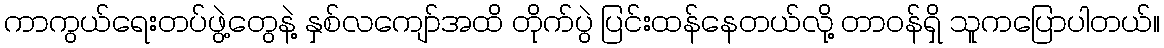
ကာကွယ်ရေးတပ်ဖွဲ့တွေနဲ့ နှစ်လကျော်အထိ တိုက်ပွဲ ပြင်းထန်နေတယ်လို့ တာဝန်ရှိ သူကပြောပါတယ်။